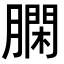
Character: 𦠯